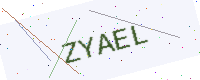
Text: ZYAEL